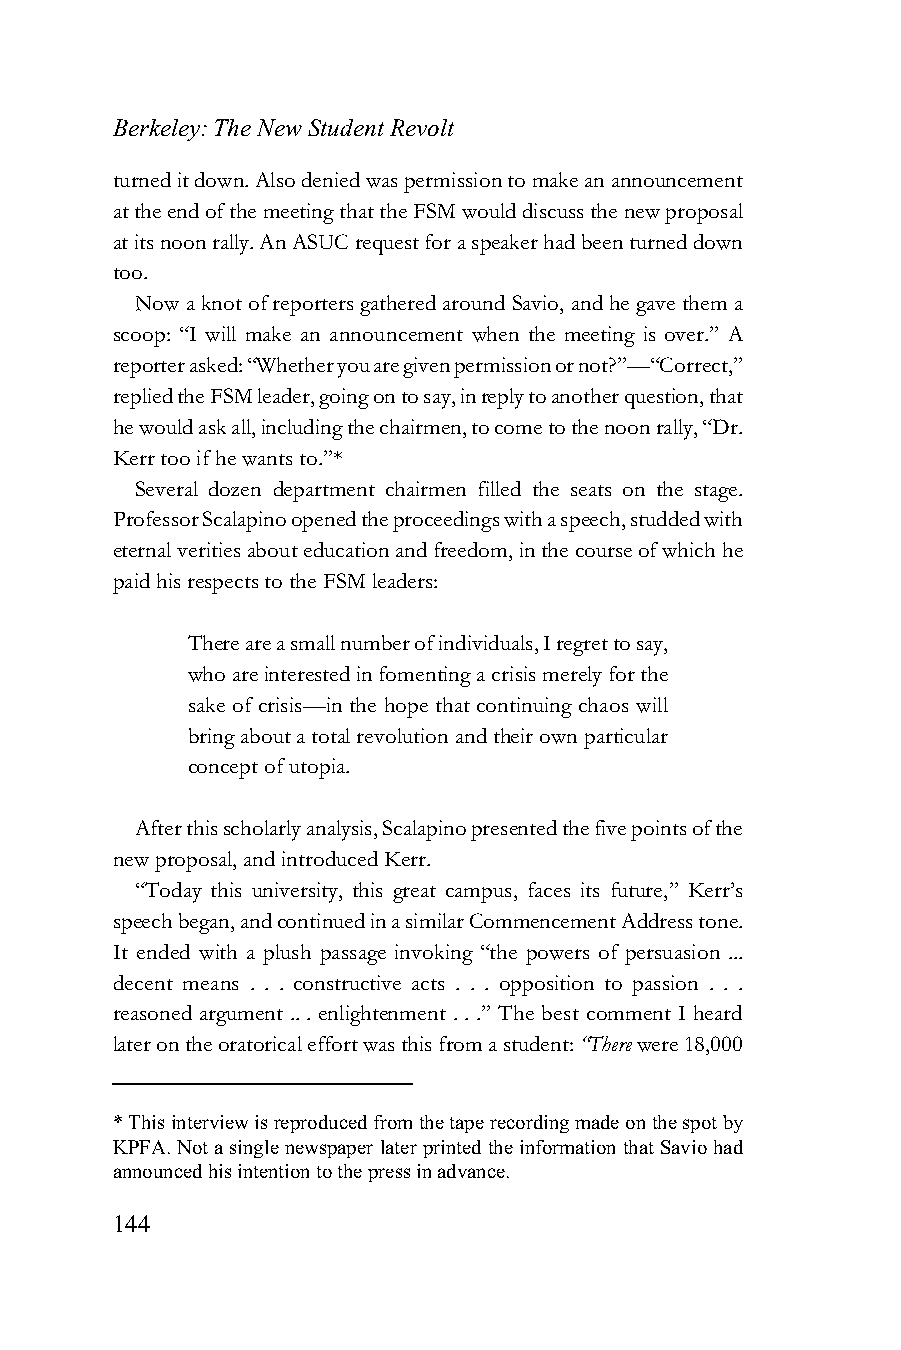
Berkeley: The New Student Revolt
 turned it down. Also denied was permission to make an announcement
 at the end of the meeting that the FSM would discuss the new proposal
 at its noon rally. An ASUC request for a speaker had been turned down
 too.
 Now a knot of reporters gathered around Savio, and he gave them a
 scoop: “I will make an announcement when the meeting is over.” A
 reporter asked: “Whether you are given permission or not?”—“Correct,”
 replied the FSM leader, going on to say, in reply to another question, that
 he would ask all, including the chairmen, to come to the noon rally, “Dr.
 Kerr too if he wants to.”*
 Several dozen department chairmen filled the seats on the stage.
 Professor Scalapino opened the proceedings with a speech, studded with
 eternal verities about education and freedom, in the course of which he
 paid his respects to the FSM leaders:
 There are a small number of individuals, I regret to say,
 who are interested in fomenting a crisis merely for the
 sake of crisis—in the hope that continuing chaos will
 bring about a total revolution and their own particular
 concept of utopia.
 After this scholarly analysis, Scalapino presented the five points of the
 new proposal, and introduced Kerr.
 “Today this university, this great campus, faces its future,” Kerr’s
 speech began, and continued in a similar Commencement Address tone.
 It ended with a plush passage invoking “the powers of persuasion ...
 decent means . . . constructive acts . . . opposition to passion . . .
 reasoned argument .. . enlightenment . . .” The best comment I heard
 later on the oratorical effort was this from a student: “There were 18,000
 * This interview is reproduced from the tape recording made on the spot by
 KPFA. Not a single newspaper later printed the information that Savio had
 announced his intention to the press in advance.
 144